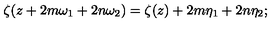
\zeta ( z + 2 m \omega _ { 1 } + 2 n \omega _ { 2 } ) = \zeta ( z ) + 2 m \eta _ { 1 } + 2 n \eta _ { 2 } ;